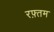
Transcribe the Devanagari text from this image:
रफ़्तम